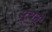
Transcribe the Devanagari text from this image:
सूचने